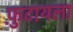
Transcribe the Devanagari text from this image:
फ़ुटायला